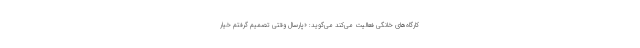
کارگاه‌های خانگی فعالیت می‌کند می‌گوید: «پارسال وقتی تصمیم گرفتم خیار